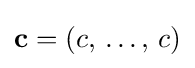
\mathbf {c} =(c,\,\dots ,\,c)